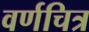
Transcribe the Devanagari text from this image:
वर्णचित्र